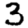
Digit: 3